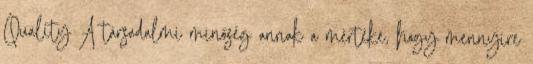
Quality A társadalmi minőség annak a mértéke, hogy mennyire